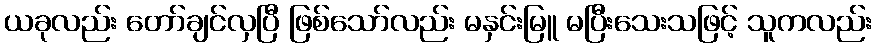
ယခုလည်း တော်ချင်လှပြီ ဖြစ်သော်လည်း မနှင်းမြူ မပြီးသေးသဖြင့် သူကလည်း